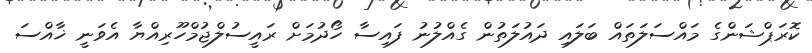
ކޮރަޕްޝަންގެ މައްސަލަތައް ބަލައި ދައުލަތުން ގެއްލުނު ފައިސާ ހޯދުމަށް ރައީސުލްޖުމްހޫރިއްޔާ އެވަނީ ޚާއްސަ